Lunatic asylums Punjab 1868-1880 - 1868-1880
Year: 1868
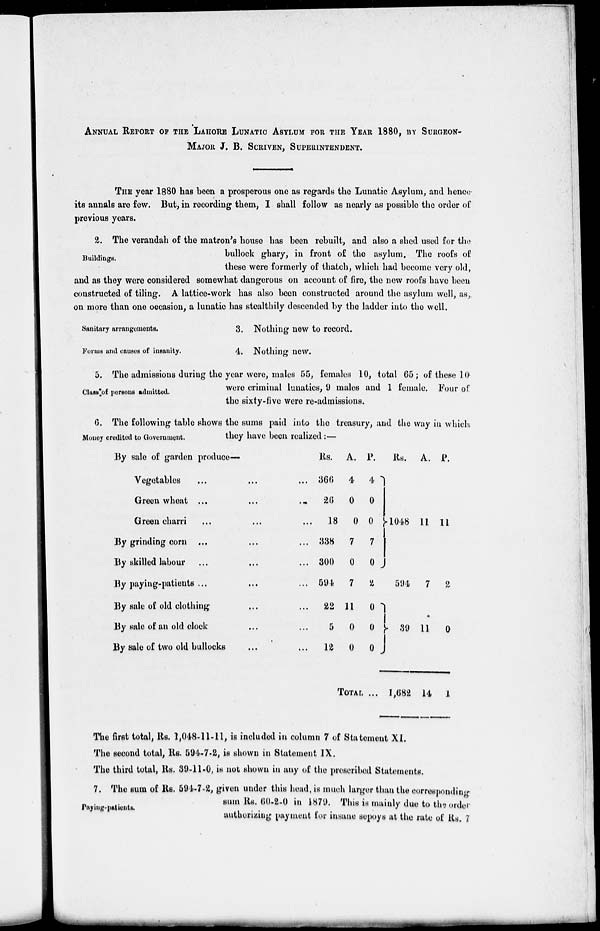
ANNUAL REPORT OF THE LAHORE LUNATIC ASYLUM FOR THE YEAR 1880, BY SURGEON-
MAJOR J. B. SCRIVEN, SUPERINTENDENT.
THE year 1880 has been a prosperous one as regards the Lunatic Asylum, and hence
its annals are few. But, in recording them, I shall follow as nearly as possible the order of
previous years.
Buildings.
2. The verandah of the matron's house has been rebuilt, and also a shed used for the
bullock ghary, in front of the asylum. The roofs of
these were formerly of thatch, which had become very old,
and as they were considered somewhat dangerous on account of fire, the new roofs have been
constructed of tiling. A lattice-work has also been constructed around the asylum well, as,
on more than one occasion, a lunatic has stealthily descended by the ladder into the well.
Sanitary arrangements.
3. Nothing new to record.
Forms and causes of insanity.
4. Nothing new.
Class of persons admitted.
5. The admissions during the year were, males 55, females 10, total 65; of these 10
were criminal lunatics, 9 males and 1 female. Four of
the sixty-five were re-admissions.
Money credited to Government.
6. The following table shows the sums paid into the treasury, and the way in which
they have been realized:—
By sale of garden produce—
Vegetables ... ... ...
Green wheat ...
...
...
Green charri ... ... ...
By grinding corn ... ... ...
By skilled labour ... ... ...
By paying-patients ... ... ...
By sale of old clothing ... ...
By sale of an old clock ... ...
By sale of two old bullocks ... ...
Rs.
366
26
18
338
300
594
22
5
12
A.
4
0
0
7
0
7
11
0
0
p.
4
0
0
7
0
2
0
0
0
TOTAL ...
Rs.
1048
594
39
1,682
A.
11
7
11
14
P.
11
2
0
1
The first total, Rs. 1,048-11-11, is included in column 7 of Statement XI.
The second total, Rs. 594-7-2, is shown in Statement IX.
The third total, Rs. 39-11-0, is not shown in any of the prescribed Statements.
Paying-patients.
7. The sum of Rs. 594-7-2, given under this head, is much larger than the corresponding
sum Rs. 60-2-0 in 1879. This is mainly due to the order
authorizing payment for insane sepoys at the rate of Rs. 7